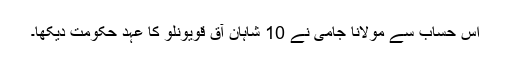
اِس حساب سے مولانا جامی نے 10 شاہانِ آق قویونلو کا عہد حکومت دیکھا۔